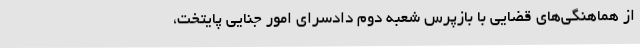
از هماهنگی‌های قضایی با بازپرس شعبه دوم دادسرای امور جنایی پایتخت،